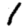
Digit: 1